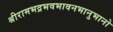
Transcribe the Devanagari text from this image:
श्रीरामभद्रभवभावनभानुभानो